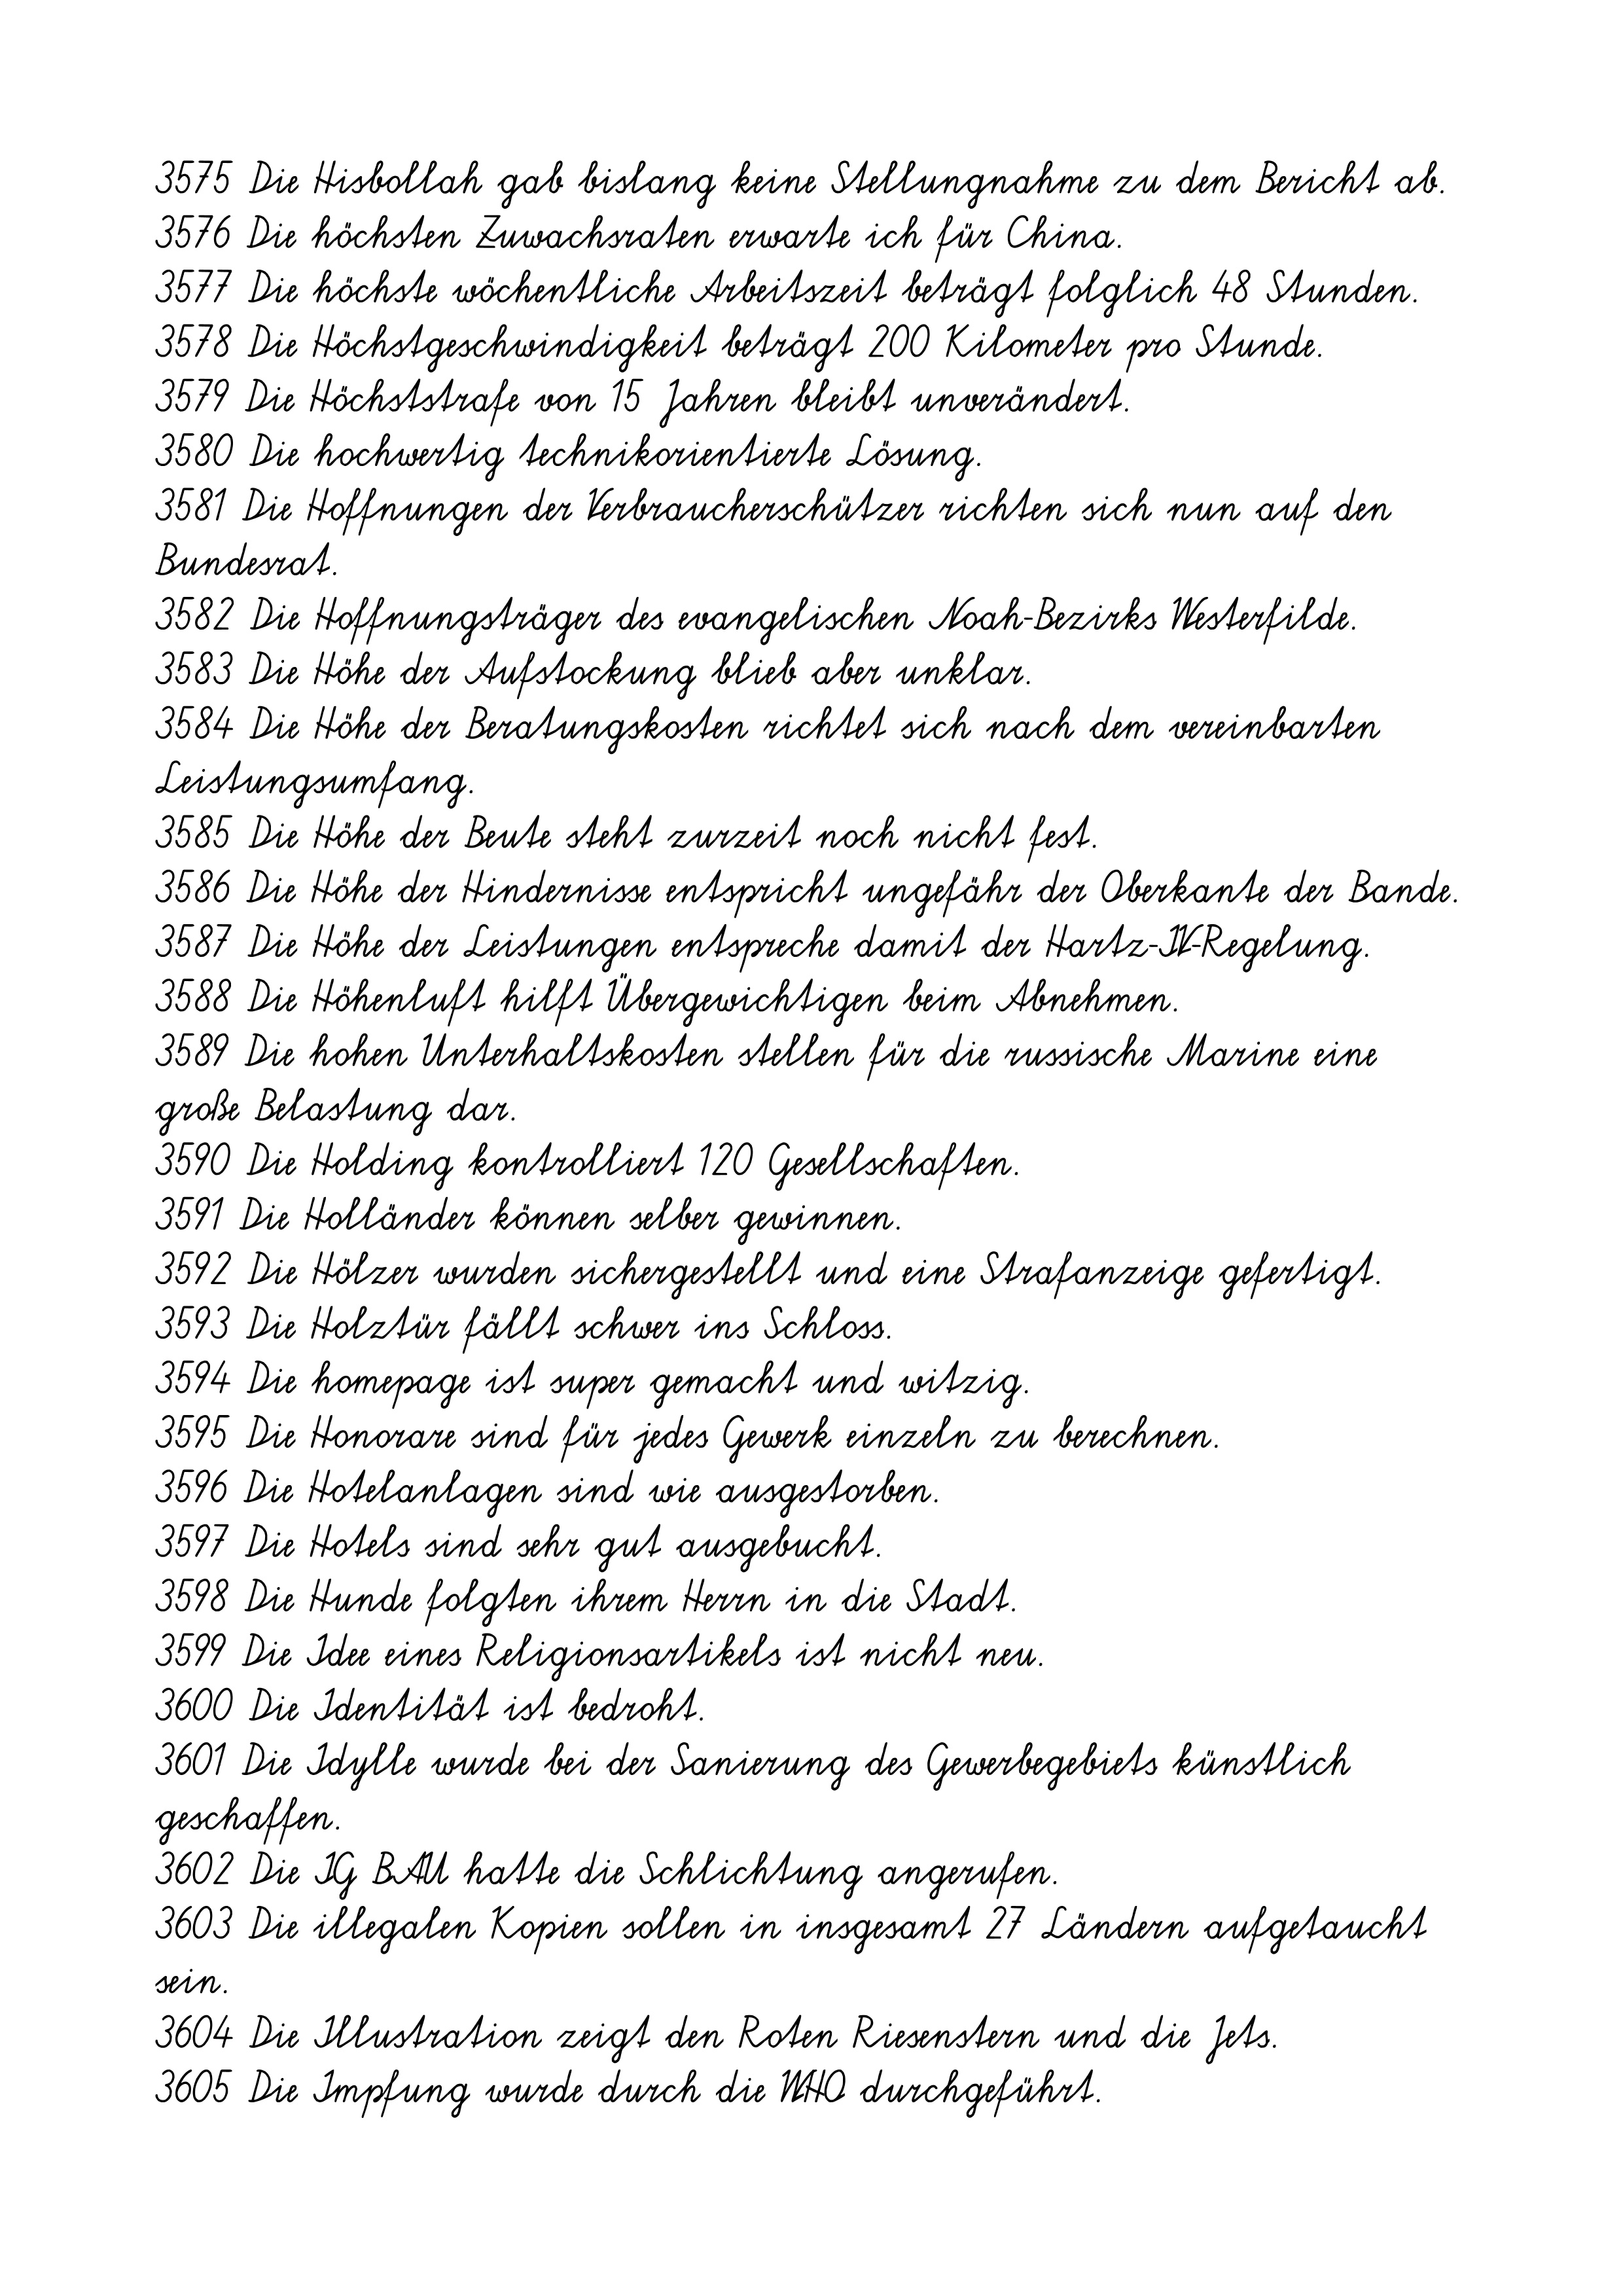
3575 Die Hisbollah gab bislang keine Stellungnahme zu dem Bericht ab.
3576 Die höchsten Zuwachsraten erwarte ich für China.
3577 Die höchste wöchentliche Arbeitszeit beträgt folglich 48 Stunden.
3578 Die Höchstgeschwindigkeit beträgt 200 Kilometer pro Stunde.
3579 Die Höchststrafe von 15 Jahren bleibt unverändert.
3580 Die hochwertig technikorientierte Lösung.
3581 Die Hoffnungen der Verbraucherschützer richten sich nun auf den
Bundesrat.
3582 Die Hoffnungsträger des evangelischen Noah-Bezirks Westerfilde.
3583 Die Höhe der Aufstockung blieb aber unklar.
3584 Die Höhe der Beratungskosten richtet sich nach dem vereinbarten
Leistungsumfang.
3585 Die Höhe der Beute steht zurzeit noch nicht fest.
3586 Die Höhe der Hindernisse entspricht ungefähr der Oberkante der Bande.
3587 Die Höhe der Leistungen entspreche damit der Hartz-IV-Regelung.
3588 Die Höhenluft hilft Übergewichtigen beim Abnehmen.
3589 Die hohen Unterhaltskosten stellen für die russische Marine eine
große Belastung dar.
3590 Die Holding kontrolliert 120 Gesellschaften.
3591 Die Holländer können selber gewinnen.
3592 Die Hölzer wurden sichergestellt und eine Strafanzeige gefertigt.
3593 Die Holztür fällt schwer ins Schloss.
3594 Die homepage ist super gemacht und witzig.
3595 Die Honorare sind für jedes Gewerk einzeln zu berechnen.
3596 Die Hotelanlagen sind wie ausgestorben.
3597 Die Hotels sind sehr gut ausgebucht.
3598 Die Hunde folgten ihrem Herrn in die Stadt.
3599 Die Idee eines Religionsartikels ist nicht neu.
3600 Die Identität ist bedroht.
3601 Die Idylle wurde bei der Sanierung des Gewerbegebiets künstlich
geschaffen.
3602 Die IG BAU hatte die Schlichtung angerufen.
3603 Die illegalen Kopien sollen in insgesamt 27 Ländern aufgetaucht
sein.
3604 Die Illustration zeigt den Roten Riesenstern und die Jets.
3605 Die Impfung wurde durch die WHO durchgeführt.